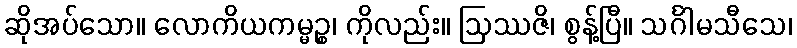
ဆိုအပ်သော။ လောကိယကမ္မဉ္စ၊ ကိုလည်း။ ဩဿဇိ၊ စွန့်ပြီ။ သင်္ဂါမသီသေ၊